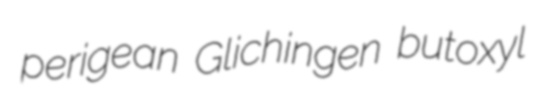
perigean Glichingen butoxyl